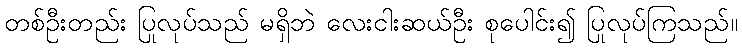
တစ်ဦးတည်း ပြုလုပ်သည် မရှိဘဲ လေးငါးဆယ်ဦး စုပေါင်း၍ ပြုလုပ်ကြသည်။